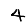
Digit: 4